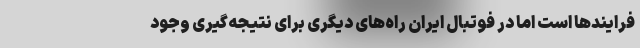
فرایندها است اما در فوتبال ایران راه‌های دیگری برای نتیجه‌گیری وجود